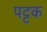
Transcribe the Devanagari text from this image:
पट्टक